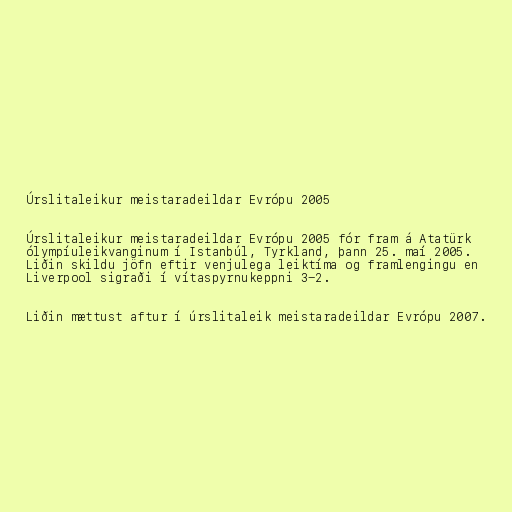
Úrslitaleikur meistaradeildar Evrópu 2005

Úrslitaleikur meistaradeildar Evrópu 2005 fór fram á Atatürk
ólympíuleikvanginum í Istanbúl, Tyrkland, þann 25. maí 2005.
Liðin skildu jöfn eftir venjulega leiktíma og framlengingu en
Liverpool sigraði í vítaspyrnukeppni 3-2.

Liðin mættust aftur í úrslitaleik meistaradeildar Evrópu 2007.